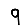
Digit: 9